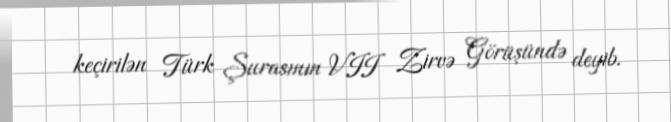
keçirilən Türk Şurasının VII Zirvə Görüşündə deyib.